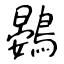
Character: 鷃